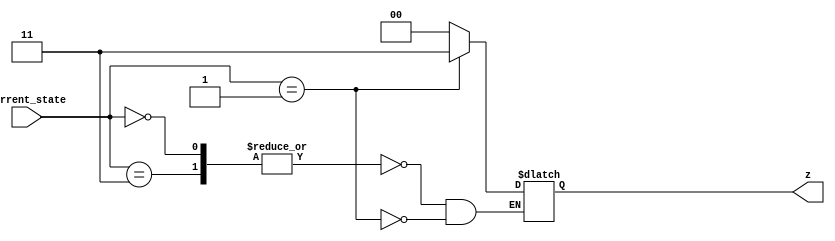
// Copyright 2003 Star Galaxy Publishing

module state_update (current_state, z);
  input [1:0] current_state;

  output [1:0] z;
  reg [1:0] z;

  always @(current_state)
    case (current_state)
      0, 3: z = 0;
      1: z = 3;
    endcase
endmodule